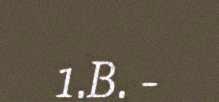
1.B. -